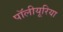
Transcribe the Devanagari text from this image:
पॉलीयूरिया